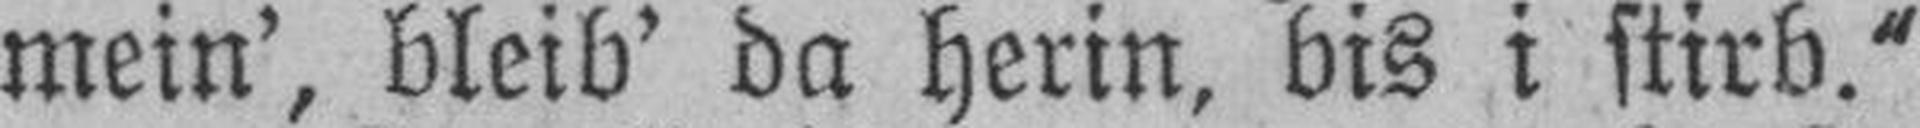
mein’, bleib’ da herin, bis i stirb.“